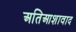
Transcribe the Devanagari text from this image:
अतिआशावाद